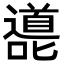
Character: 㘏